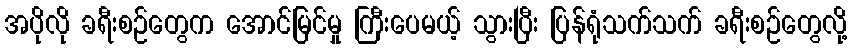
အပိုလို ခရီးစဉ်တွေက အောင်မြင်မှု ကြီးပေမယ့် သွားပြီး ပြန်ရုံသက်သက် ခရီးစဉ်တွေလို့